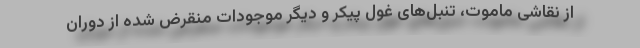
از نقاشی ماموت، تنبل‌های غول پیکر و دیگر موجودات منقرض شده از دوران